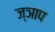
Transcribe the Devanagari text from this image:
ज्ञाप